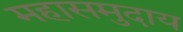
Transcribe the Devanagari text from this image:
महासमुदाय